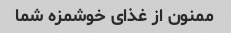
ممنون از غذای خوشمزه شما